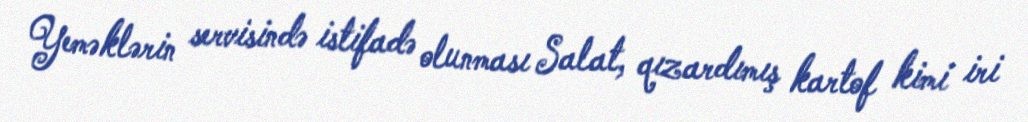
Yeməklərin servisində istifadə olunması Salat, qızardımış kartof kimi iri